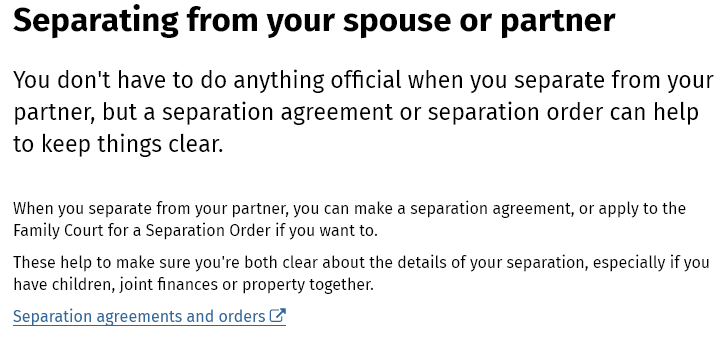
Separating    from    your    spouse    or    partner
  You  don't  have   to do  anything   official when   you   separate   from  your
  partner,   but a separation    agreement   or   separation    order   can  help
  to  keep  things clear.
  When you separate from your partner, you can make a separation agreement, or apply to the
  Family Court for a Separation Order if you want to.
  These help to make sure you're both clear about the details of your separation, especially if you
  have children, joint finances or property together.
  Separation agreements and orders (>